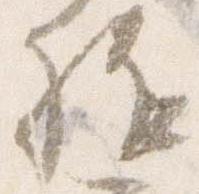
駈